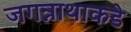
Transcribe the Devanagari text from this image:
जगन्नाथाकडे